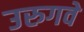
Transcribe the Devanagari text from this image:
उरुगवे